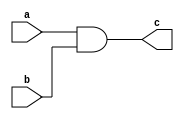
module continuous_assignment (
    input wire a, 
    input wire b, 
    output wire c
);

assign c = a & b;

endmodule